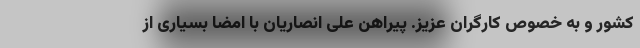
کشور و به خصوص کارگران عزیز. پیراهن علی انصاریان با امضا بسیاری از